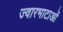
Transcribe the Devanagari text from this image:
ज्वारभाटाओं